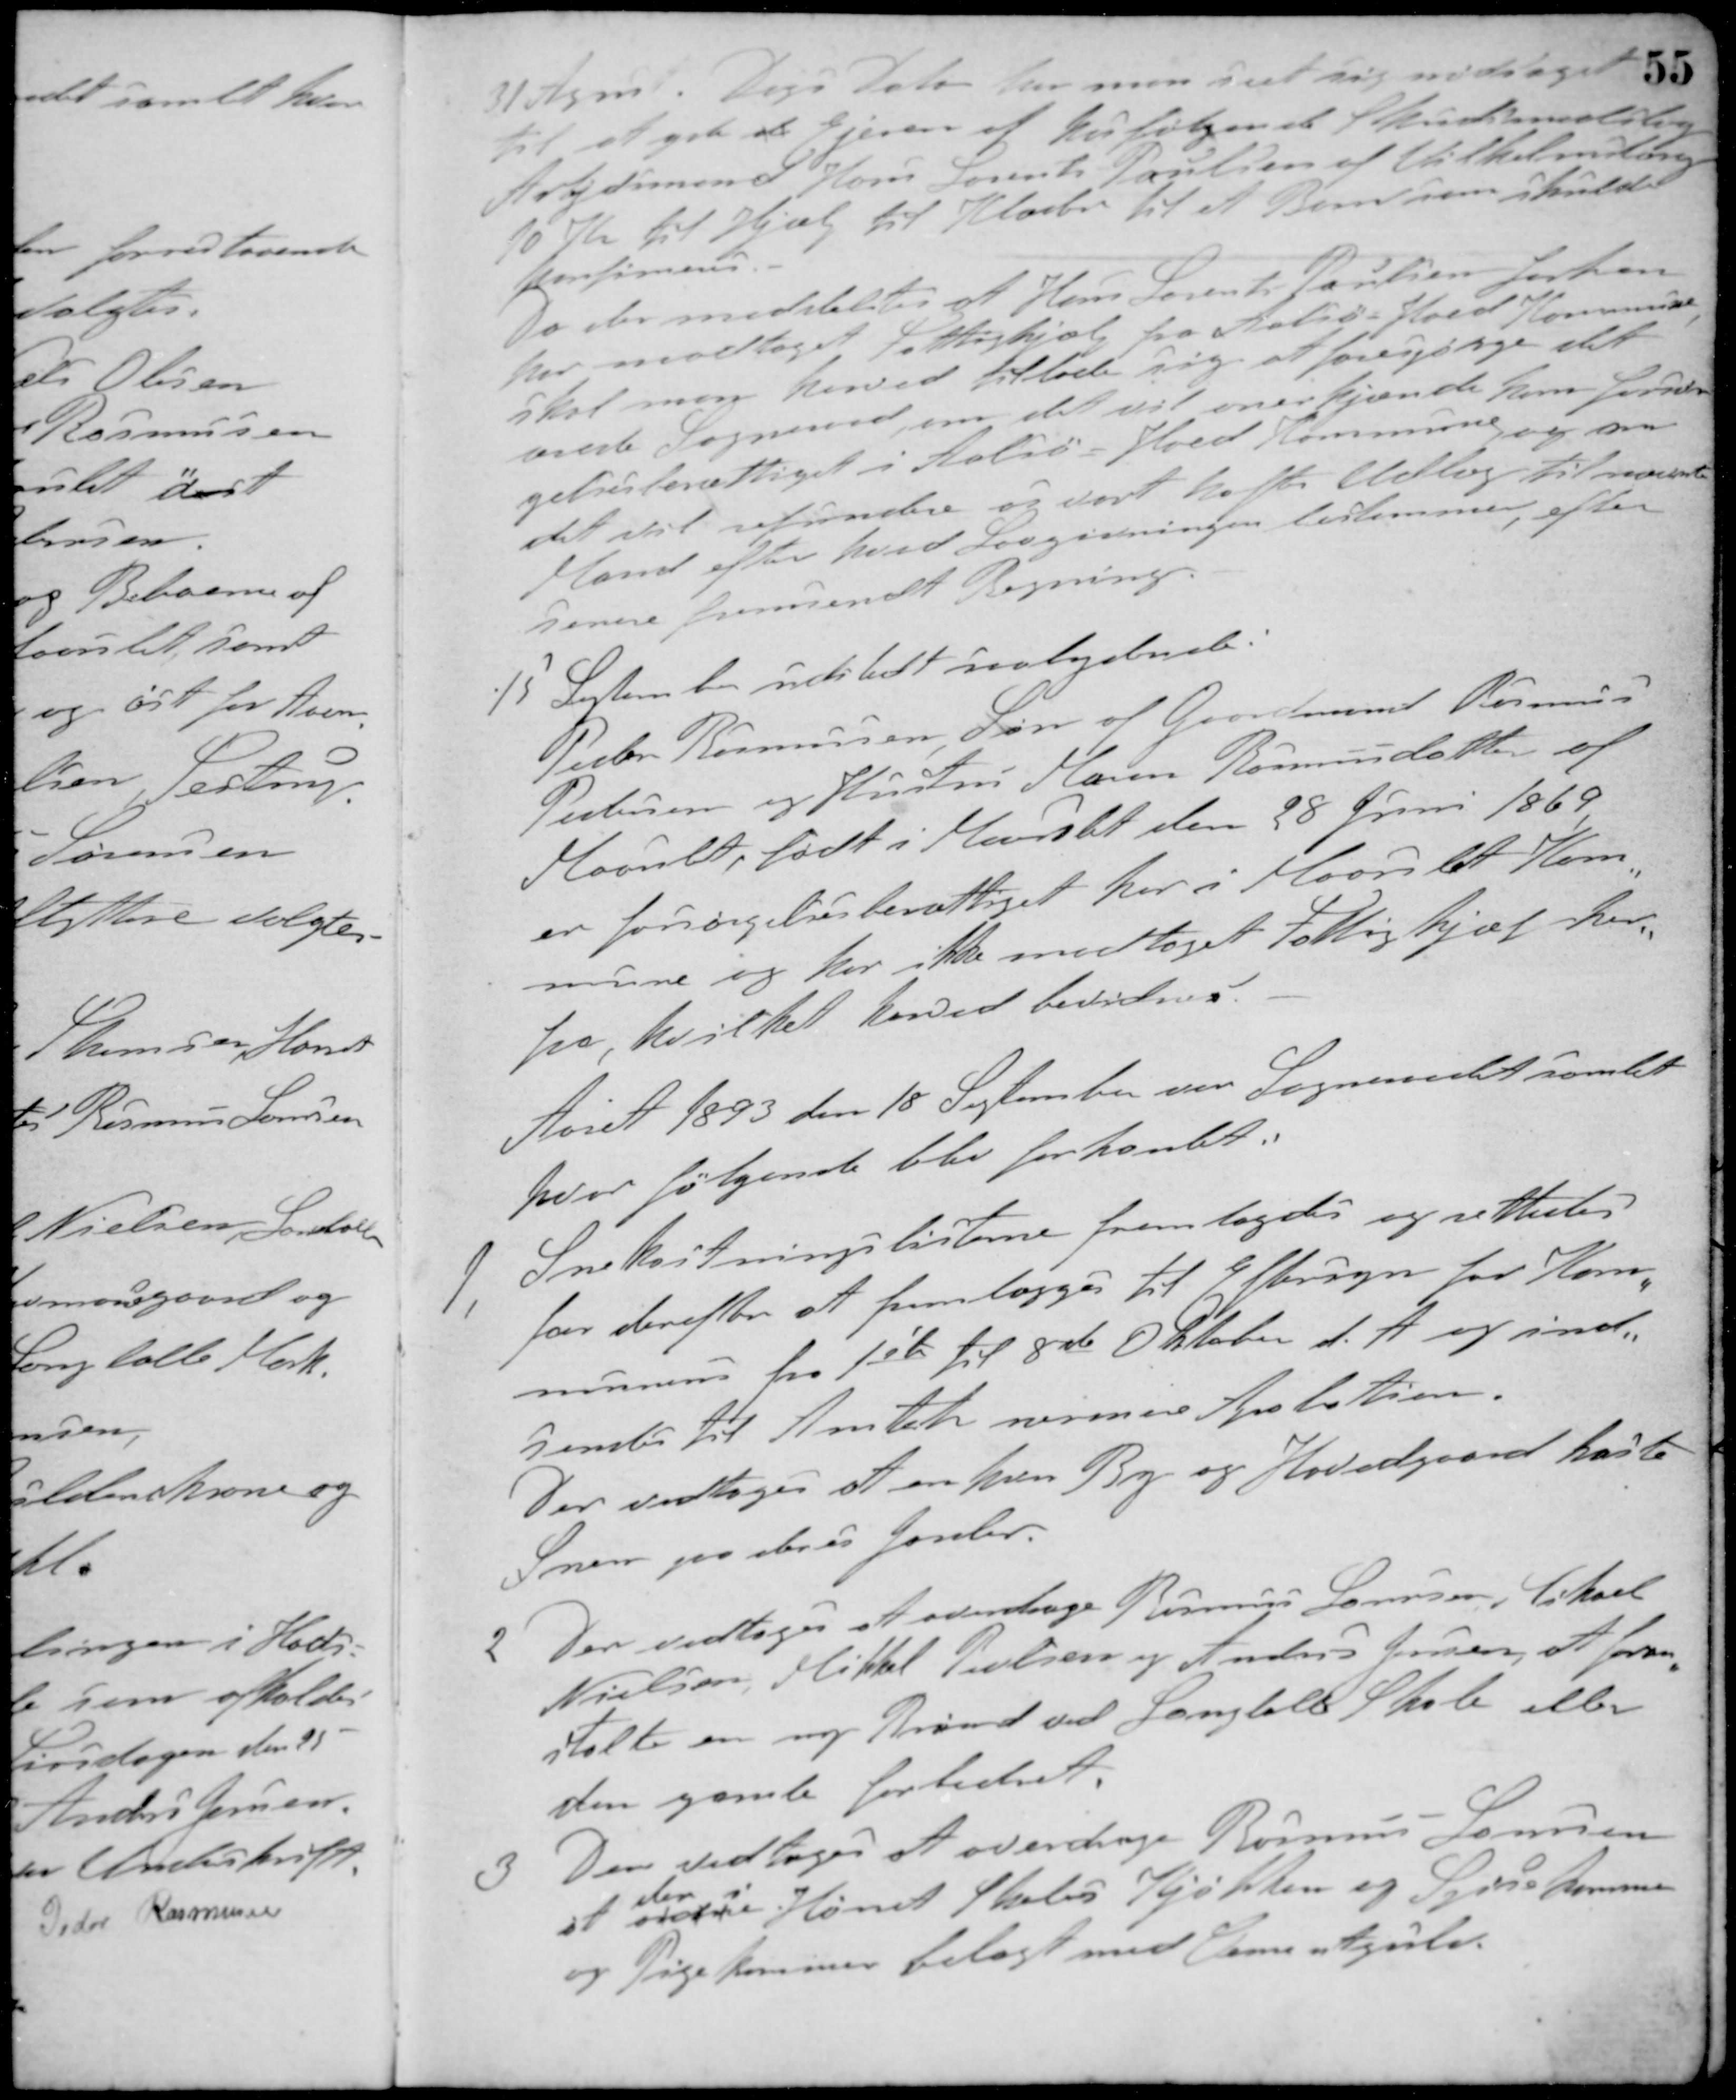
Transskription:
31 August. Dags Dato har man seet sig nødsaget
til at yde at Ejeren af herfølgene Skudsmaalsbog
Arbejdsmand Hans Laurits Poulsen af Vilhelmsborg
10 Kr. til Hjælp til Klæder til et Barn som skulde
konfirmeres.
Da der meddeltes at Hans Laurits Poulsen forhen
har modtaget fattighjælp fra Aalsø-Hoed Kommune
skal man herved tillade sig at forespørge det
ærede Sogneraad om det vil anerkjende ham forsør-
gelsesberettiget i Aalsø - Hoed Kommune og om
det vil refundere os vort hafte Udlæg til nævnte
Mand efter hvad Lovgivningen bestemmer, efter
senere fremsendt Regning.
15 September udstedt saalydende:
Peder Rasmussen, Søn af Gaardmand Rasmus
Pedersen og Hustru Maren Rasmusdatter af
Maarslet, født i Maarslet den 28 Juni 1869,
er forsørgelsesberettiget her i Maarslet Kom-
mune og har ikke modtaget Fattighjælp her
fra, hvilket herved bevidnes.
Aaret 1893 den 18 September var Sogneraadet samlet
hvor følgende blev forhandet:
1. Snekastningslisterne fremlagdes og rettedes
for derefter at fremlægges til Eftersyn for Kom-
munen fra 1ste til 8de Oktober d. A. og ind-
sendes til Amtets nærmere Approbation.
Der vedtoges at enhver By og Hovedgaard kaste
Sneen paa deres Jorder.
2 Der vedtoges at overdrage Rasmus Laursen, Tiksel
Nielsen, Mikkel Poulsen og Anders Jensen, at foran-
stalte en ny Brønd ved Langholt Skole eller
den gamle forbedret.
3 Der vedtoges at overdrage Rasmus Laursen
at ordne 
der i
Hørret Skoles Kjøkken og Sydre kammer
og Pigekammer belagt med Cementgulv.